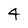
Character: 4